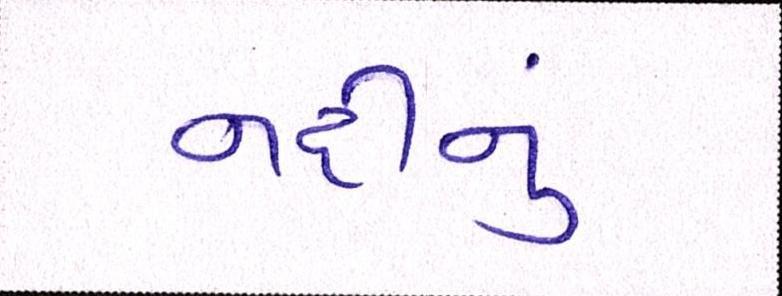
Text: નદીનું